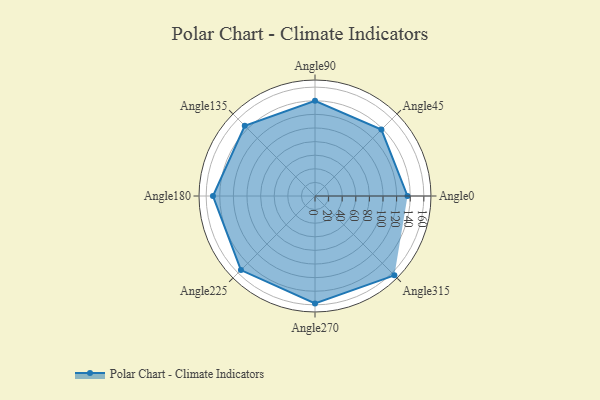
{"axis": {"x": "Angle", "y": "Radius"}, "legend": [""], "data": [{"x": "Angle0", "y": 136.0, "type": ""}, {"x": "Angle45", "y": 138.0, "type": ""}, {"x": "Angle90", "y": 140.0, "type": ""}, {"x": "Angle135", "y": 146.0, "type": ""}, {"x": "Angle180", "y": 150.0, "type": ""}, {"x": "Angle225", "y": 154.0, "type": ""}, {"x": "Angle270", "y": 158.0, "type": ""}, {"x": "Angle315", "y": 165.0, "type": ""}]}